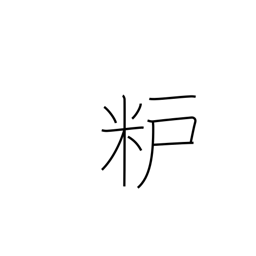
Meaning: rice-bran